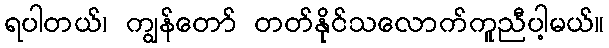
ရပါတယ်၊ ကျွန်တော် တတ်နိုင်သလောက်ကူညီပါ့မယ်။